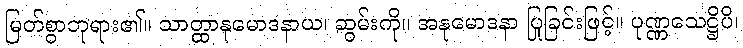
မြတ်စွာဘုရား၏။ သာတ္ထာနုမောဒနာယ၊ ဆွမ်းကို။ အနုမောဒနာ ပြုခြင်းဖြင့်။ ပုဏ္ဏသေဋ္ဌိပိ၊